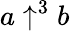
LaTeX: a\uparrow^{3}b